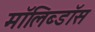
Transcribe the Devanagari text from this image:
मॉलिब्डॉस